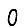
Digit: 0